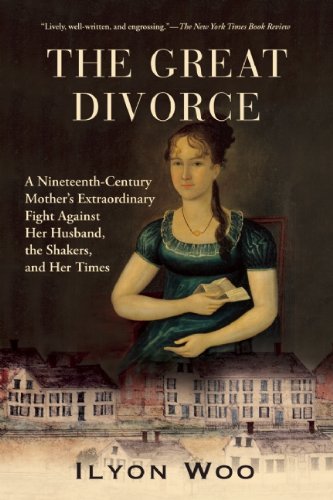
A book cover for The Great Divorce: A Nineteenth-Century Mother's Extraordinary Fight against Her Husband, the Shakers, and Her Times; Ilyon Woo; Law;